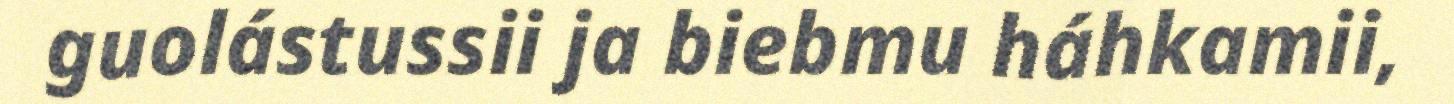
guolástussii ja biebmu háhkamii,